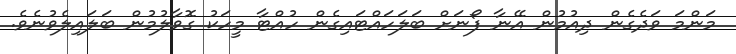
މަންމަ ވަދެގެން ދިއުމުން އޭނާ ފޯނަށް ބަލަހައްޓައިގެން ހުއްޓާ މީހަކު ގޮވާލުމުން ބަލައިލެވުނެވެ.